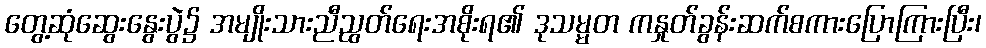
တွေ့ဆုံဆွေးနွေးပွဲ၌ အမျိုးသားညီညွတ်ရေးအစိုးရ၏ ဒုသမ္မတ ကနှုတ်ခွန်းဆက်စကားပြောကြားပြီး၊